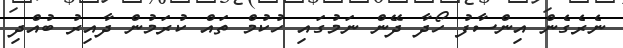
ނެރެގެން އިންސާފު ހޯދާ ދޭން ނަމުގައި ހުކުމް ތައް ކުރަމުން ދާއިރު ބުއްދި